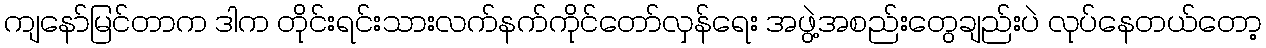
ကျနော်မြင်တာက ဒါက တိုင်းရင်းသားလက်နက်ကိုင်တော်လှန်ရေး အဖွဲ့အစည်းတွေချည်းပဲ လုပ်နေတယ်တော့